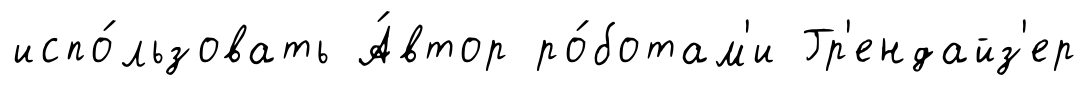
испо́льзовать А́втор ро́ботам'и Гр'ендайз'ер